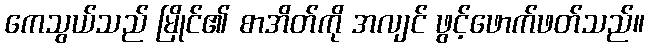
ကေသွယ်သည် မြိုင်၏ စာအိတ်ကို အလျင် ဖွင့်ဖောက်ဖတ်သည်။